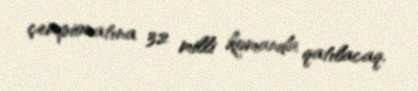
çempionatına 32 milli komanda qatılacaq.